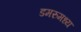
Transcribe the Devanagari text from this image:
डमरुमध्य